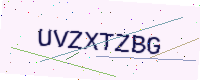
Text: UVZXTZBG